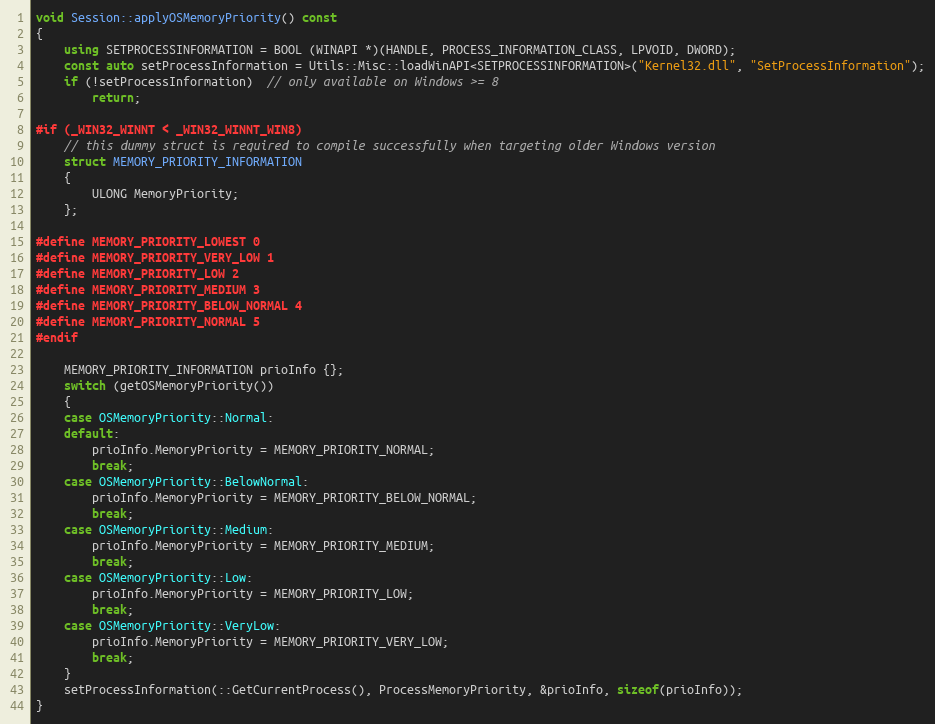
Language: C++
void Session::applyOSMemoryPriority() const
{
    using SETPROCESSINFORMATION = BOOL (WINAPI *)(HANDLE, PROCESS_INFORMATION_CLASS, LPVOID, DWORD);
    const auto setProcessInformation = Utils::Misc::loadWinAPI<SETPROCESSINFORMATION>("Kernel32.dll", "SetProcessInformation");
    if (!setProcessInformation)  // only available on Windows >= 8
        return;

#if (_WIN32_WINNT < _WIN32_WINNT_WIN8)
    // this dummy struct is required to compile successfully when targeting older Windows version
    struct MEMORY_PRIORITY_INFORMATION
    {
        ULONG MemoryPriority;
    };

#define MEMORY_PRIORITY_LOWEST 0
#define MEMORY_PRIORITY_VERY_LOW 1
#define MEMORY_PRIORITY_LOW 2
#define MEMORY_PRIORITY_MEDIUM 3
#define MEMORY_PRIORITY_BELOW_NORMAL 4
#define MEMORY_PRIORITY_NORMAL 5
#endif

    MEMORY_PRIORITY_INFORMATION prioInfo {};
    switch (getOSMemoryPriority())
    {
    case OSMemoryPriority::Normal:
    default:
        prioInfo.MemoryPriority = MEMORY_PRIORITY_NORMAL;
        break;
    case OSMemoryPriority::BelowNormal:
        prioInfo.MemoryPriority = MEMORY_PRIORITY_BELOW_NORMAL;
        break;
    case OSMemoryPriority::Medium:
        prioInfo.MemoryPriority = MEMORY_PRIORITY_MEDIUM;
        break;
    case OSMemoryPriority::Low:
        prioInfo.MemoryPriority = MEMORY_PRIORITY_LOW;
        break;
    case OSMemoryPriority::VeryLow:
        prioInfo.MemoryPriority = MEMORY_PRIORITY_VERY_LOW;
        break;
    }
    setProcessInformation(::GetCurrentProcess(), ProcessMemoryPriority, &prioInfo, sizeof(prioInfo));
}